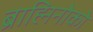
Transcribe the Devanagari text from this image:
ब्राह्मिनोको